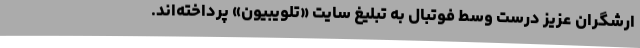
ارشگران عزیز درست وسط فوتبال به تبلیغ سایت «تلویبیون» پرداخته‌اند.